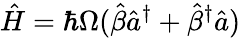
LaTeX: \hat{H}=\hbar\Omega(\hat{\beta}\hat{a}^{\dagger}+\hat{\beta}^{\dagger}\hat{a})